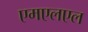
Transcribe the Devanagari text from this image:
एमएलएल